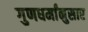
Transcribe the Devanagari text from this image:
गुणधर्मांनुसार